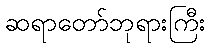
ဆရာတော်ဘုရားကြီး